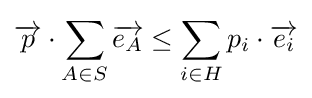
{\overrightarrow {p}}\cdot \sum _{A\in S}{\overrightarrow {e_{A}}}\leq \sum _{i\in H}{p_{i}\cdot {\overrightarrow {e_{i}}}}